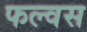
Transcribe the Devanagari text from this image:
फल्वस